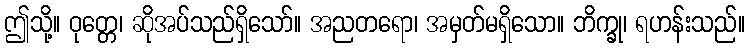
ဤသို့။ ဝုတ္တေ၊ ဆိုအပ်သည်ရှိသော်။ အညတရော၊ အမှတ်မရှိသော။ ဘိက္ခု၊ ရဟန်းသည်။